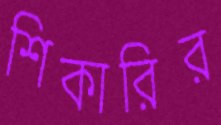
শিকারির